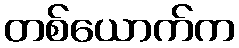
တစ်ယောက်က